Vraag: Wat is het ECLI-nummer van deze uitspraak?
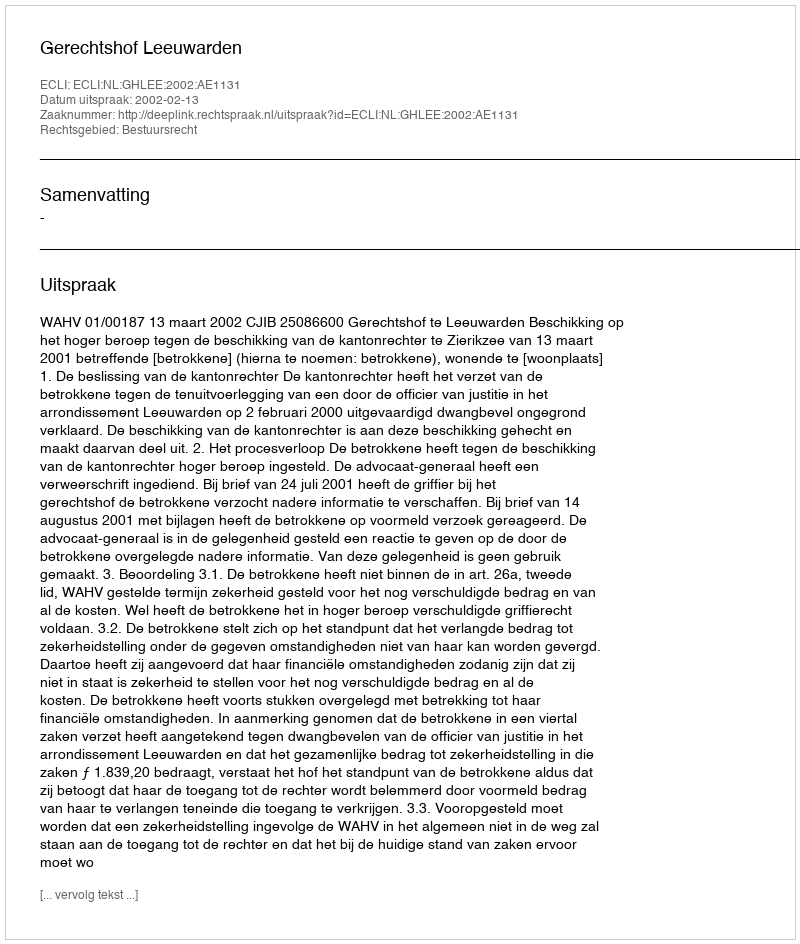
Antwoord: ECLI:NL:GHLEE:2002:AE1131